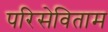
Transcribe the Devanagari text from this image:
परिसेविताम